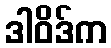
ဒါဝိဒ်က